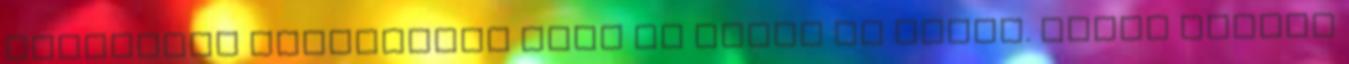
állandóan változóban lesz az egész év során. Abban Marton